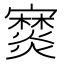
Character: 𤑖